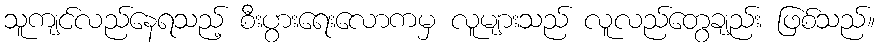
သူကျင်လည်နေရသည့် စီးပွားရေးလောကမှ လူများသည် လူလည်တွေချည်း ဖြစ်သည်။